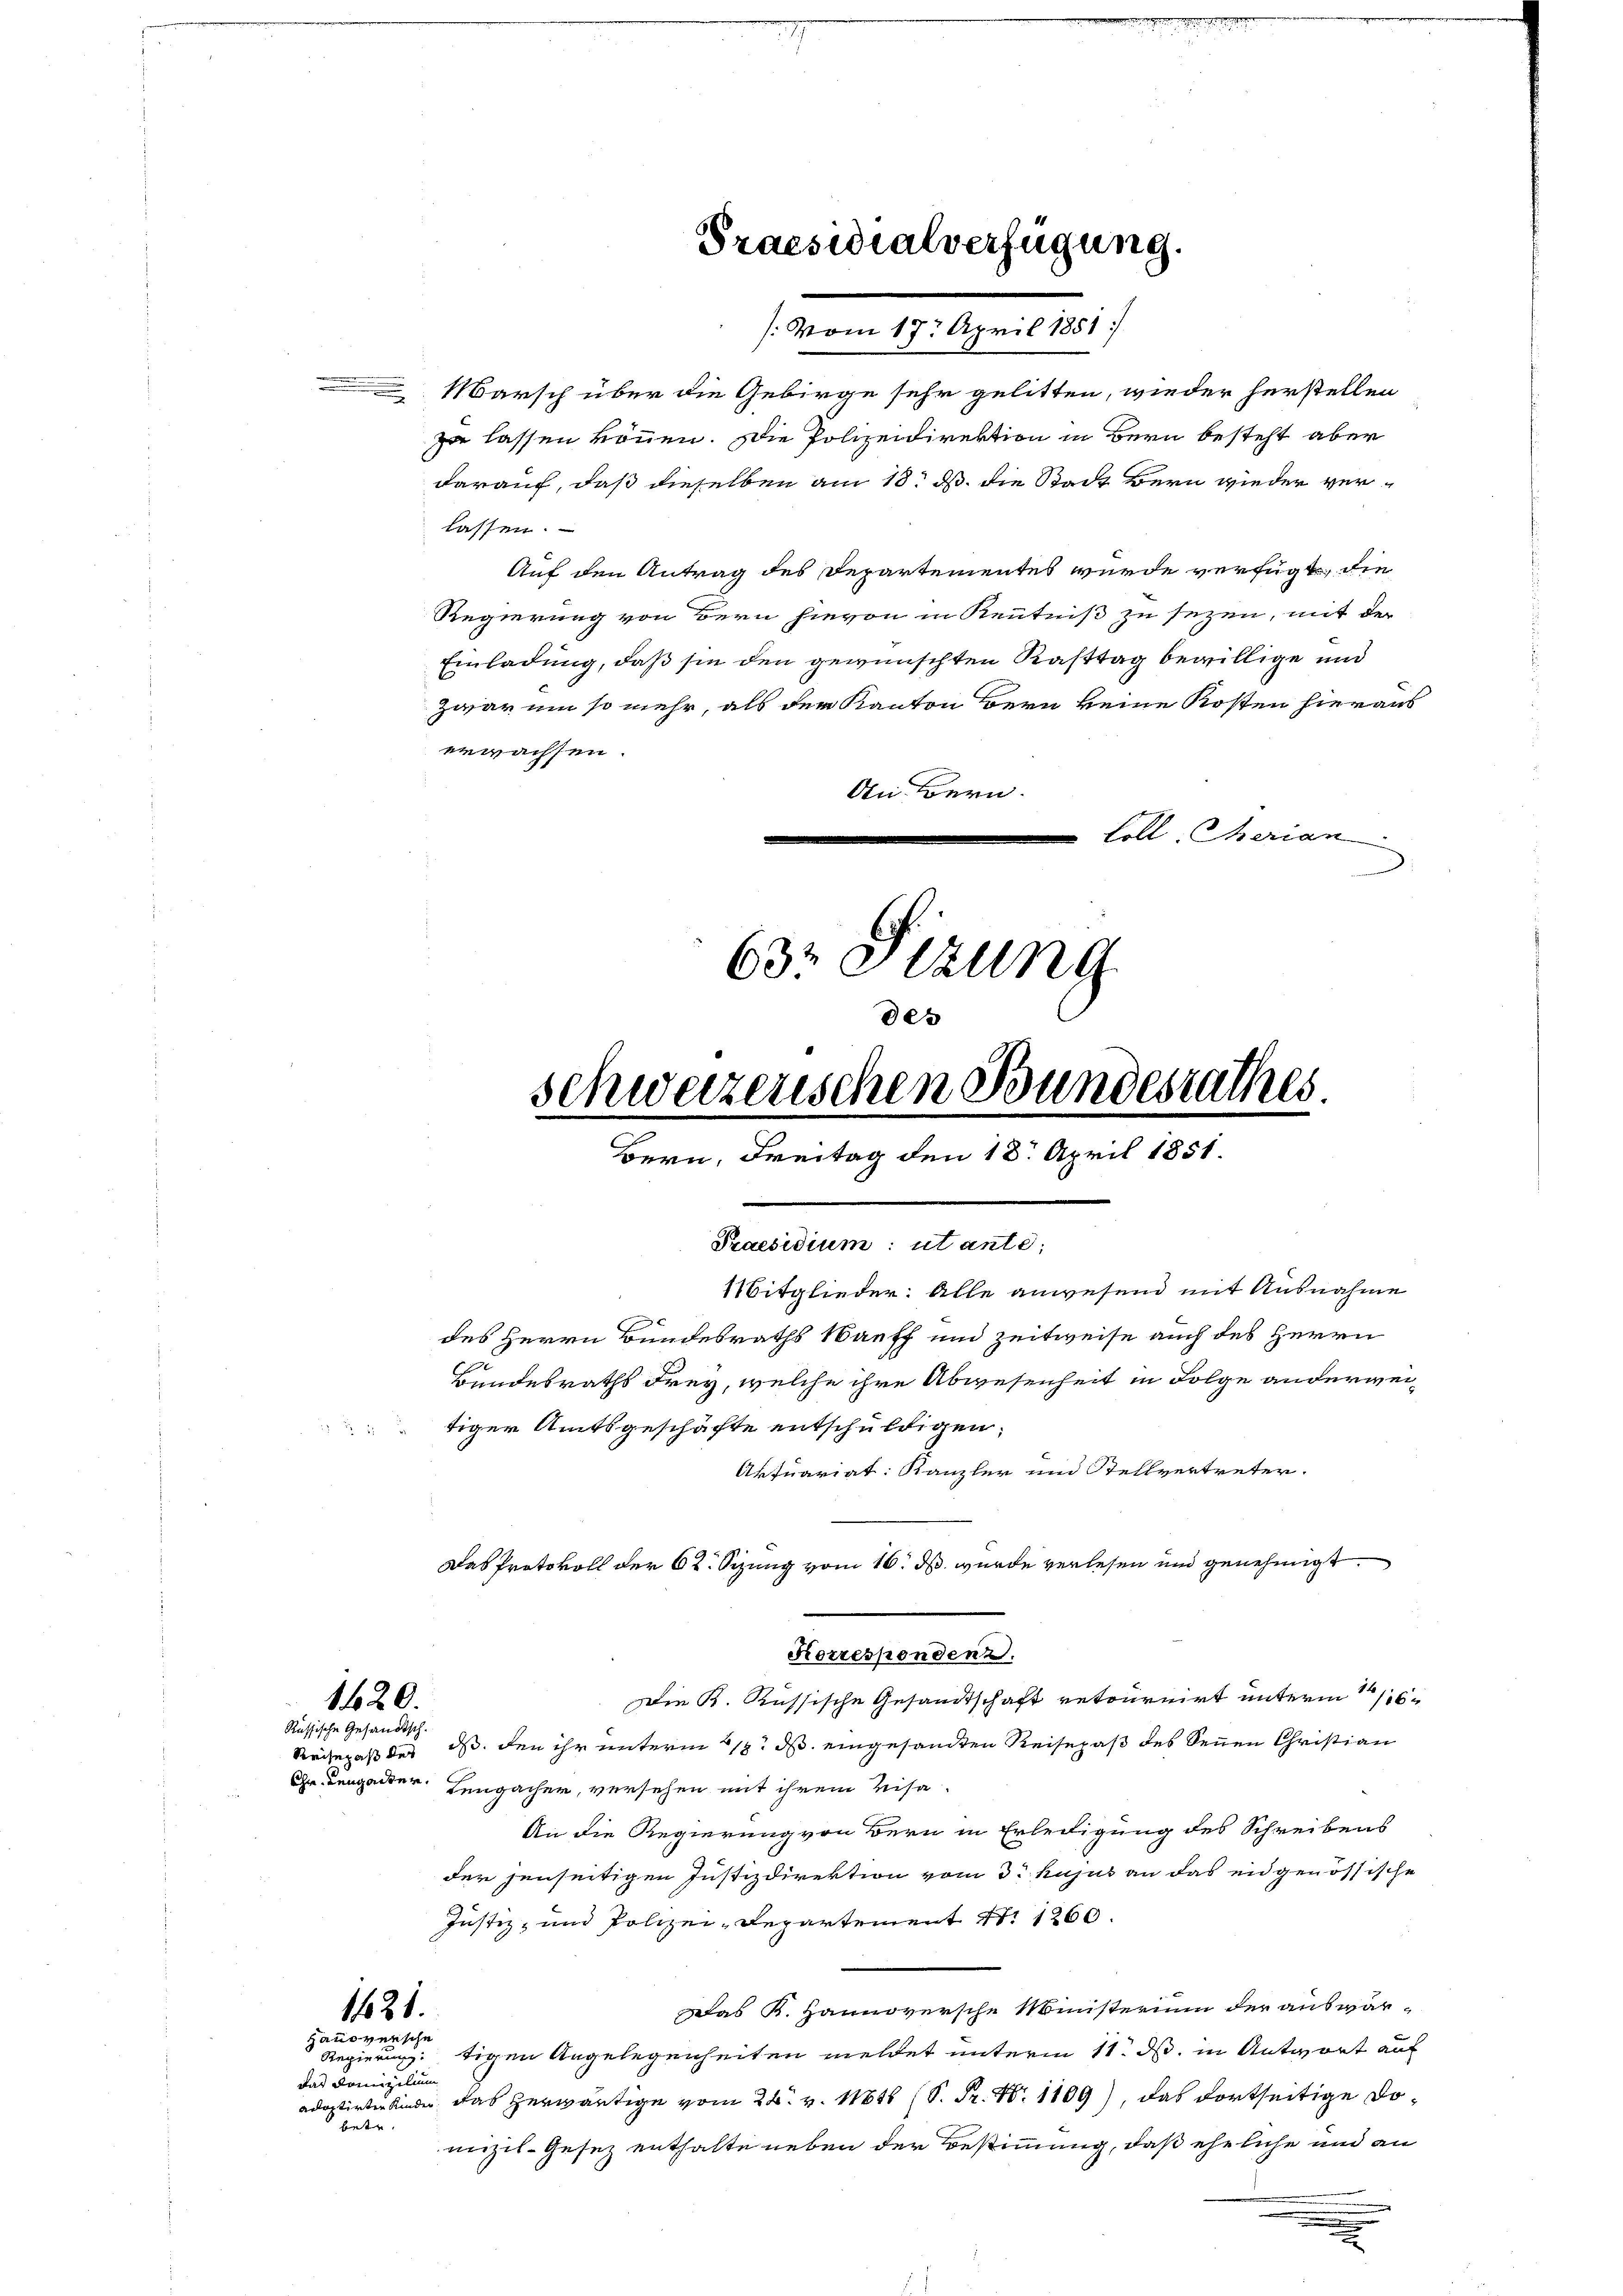
1420.
Russische Gesandtsch.

Marsch über die Gebirge sehr gelitten, wieder herstellen
zu lassen können. Die Polizeidirektion in Bern besteht aber
darauf, daß dieselben am 18. ds. die Stadt Bern wieder verlassen.
Auf den Antrag des Departementes wurde verfügt, die
Regierung von Bern hievon in Kenntniß zu sezen, mit der
Einladung, daß sie den gewünschten Kastag bewillige und
zwar um so mehr, als der Kanton Bern keine Kosten hieraus
erwachsen.
An Bern
Cöll Therian
63 Stzung

1
tiger Amtsgeschäfte entschuldigen,

Korrespondenz.

de
Schweizerischen Bundesrathes
Bern, Freitag den 18. April 1851.

Praesidialverfügung.
: vom 17. April 1851

Praesidium: utante,
Mitglieder: Alle anwesend mit Ausnahme

des Herrn Bundesraths Bauff und zeitweise auch des Herrn
Bundesraths drey, welche ihre Abwesenheit in Folge anderwei¬

Aktuariat: Kanzler und Stellvertreter.
Das Protokoll der 62. Sizung vom 16. ds. wurde verlesen und genehmigt

Die K. Russische Gesandtschaft retournirt unterm 1/16
Reisepaß des ds den ihr unterm 12. d. eingesandten Reisepaß des Sennen Christian
Chr. Leugander.
Innpacher, versehen mit ihrem Lisa-
An die Regierung von Bern in Erledigung des Schreibens
der jenseitigen Justizdirektion vom 3. hujus an das eidgenössische
Justiz- und Polizei-Departement S. 1260.
Das K. Hannoversche Ministerium der auswär¬
121.
Hausversche
Regierung: tigen Angelegenheiten meldet unterm 11. ds. in Antwort auf
das Domizilium
adatirten Kinde das erwärtige vom 24. v. 16t (S. P. Nr. 1109), das dortseitige Dobetr.
mizil-Gesez enthalte neben der Bestimmung, daß eheliche und an